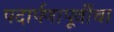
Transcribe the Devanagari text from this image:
पदार्पणापूर्वीचा